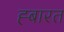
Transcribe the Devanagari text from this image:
ह्बारत